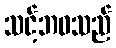
သင့်ဘဝသည်